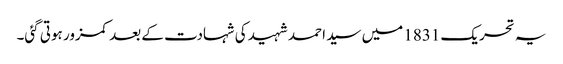
یہ تحریک 1831 میں سید احمد شہید کی شہادت کے بعد کمزور ہوتی گئی۔